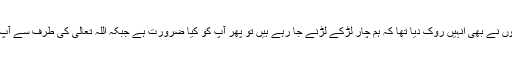
اسی وجہ سے بیٹوں نے بھی انہیں روک دیا تھا کہ ہم چار لڑکے لڑنے جا رہے ہیں تو پھر آپ کو کیا ضرورت ہے جبکہ اللہ تعالیٰ کی طرف سے آپ کو رخصت ہے۔